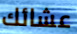
عشائك